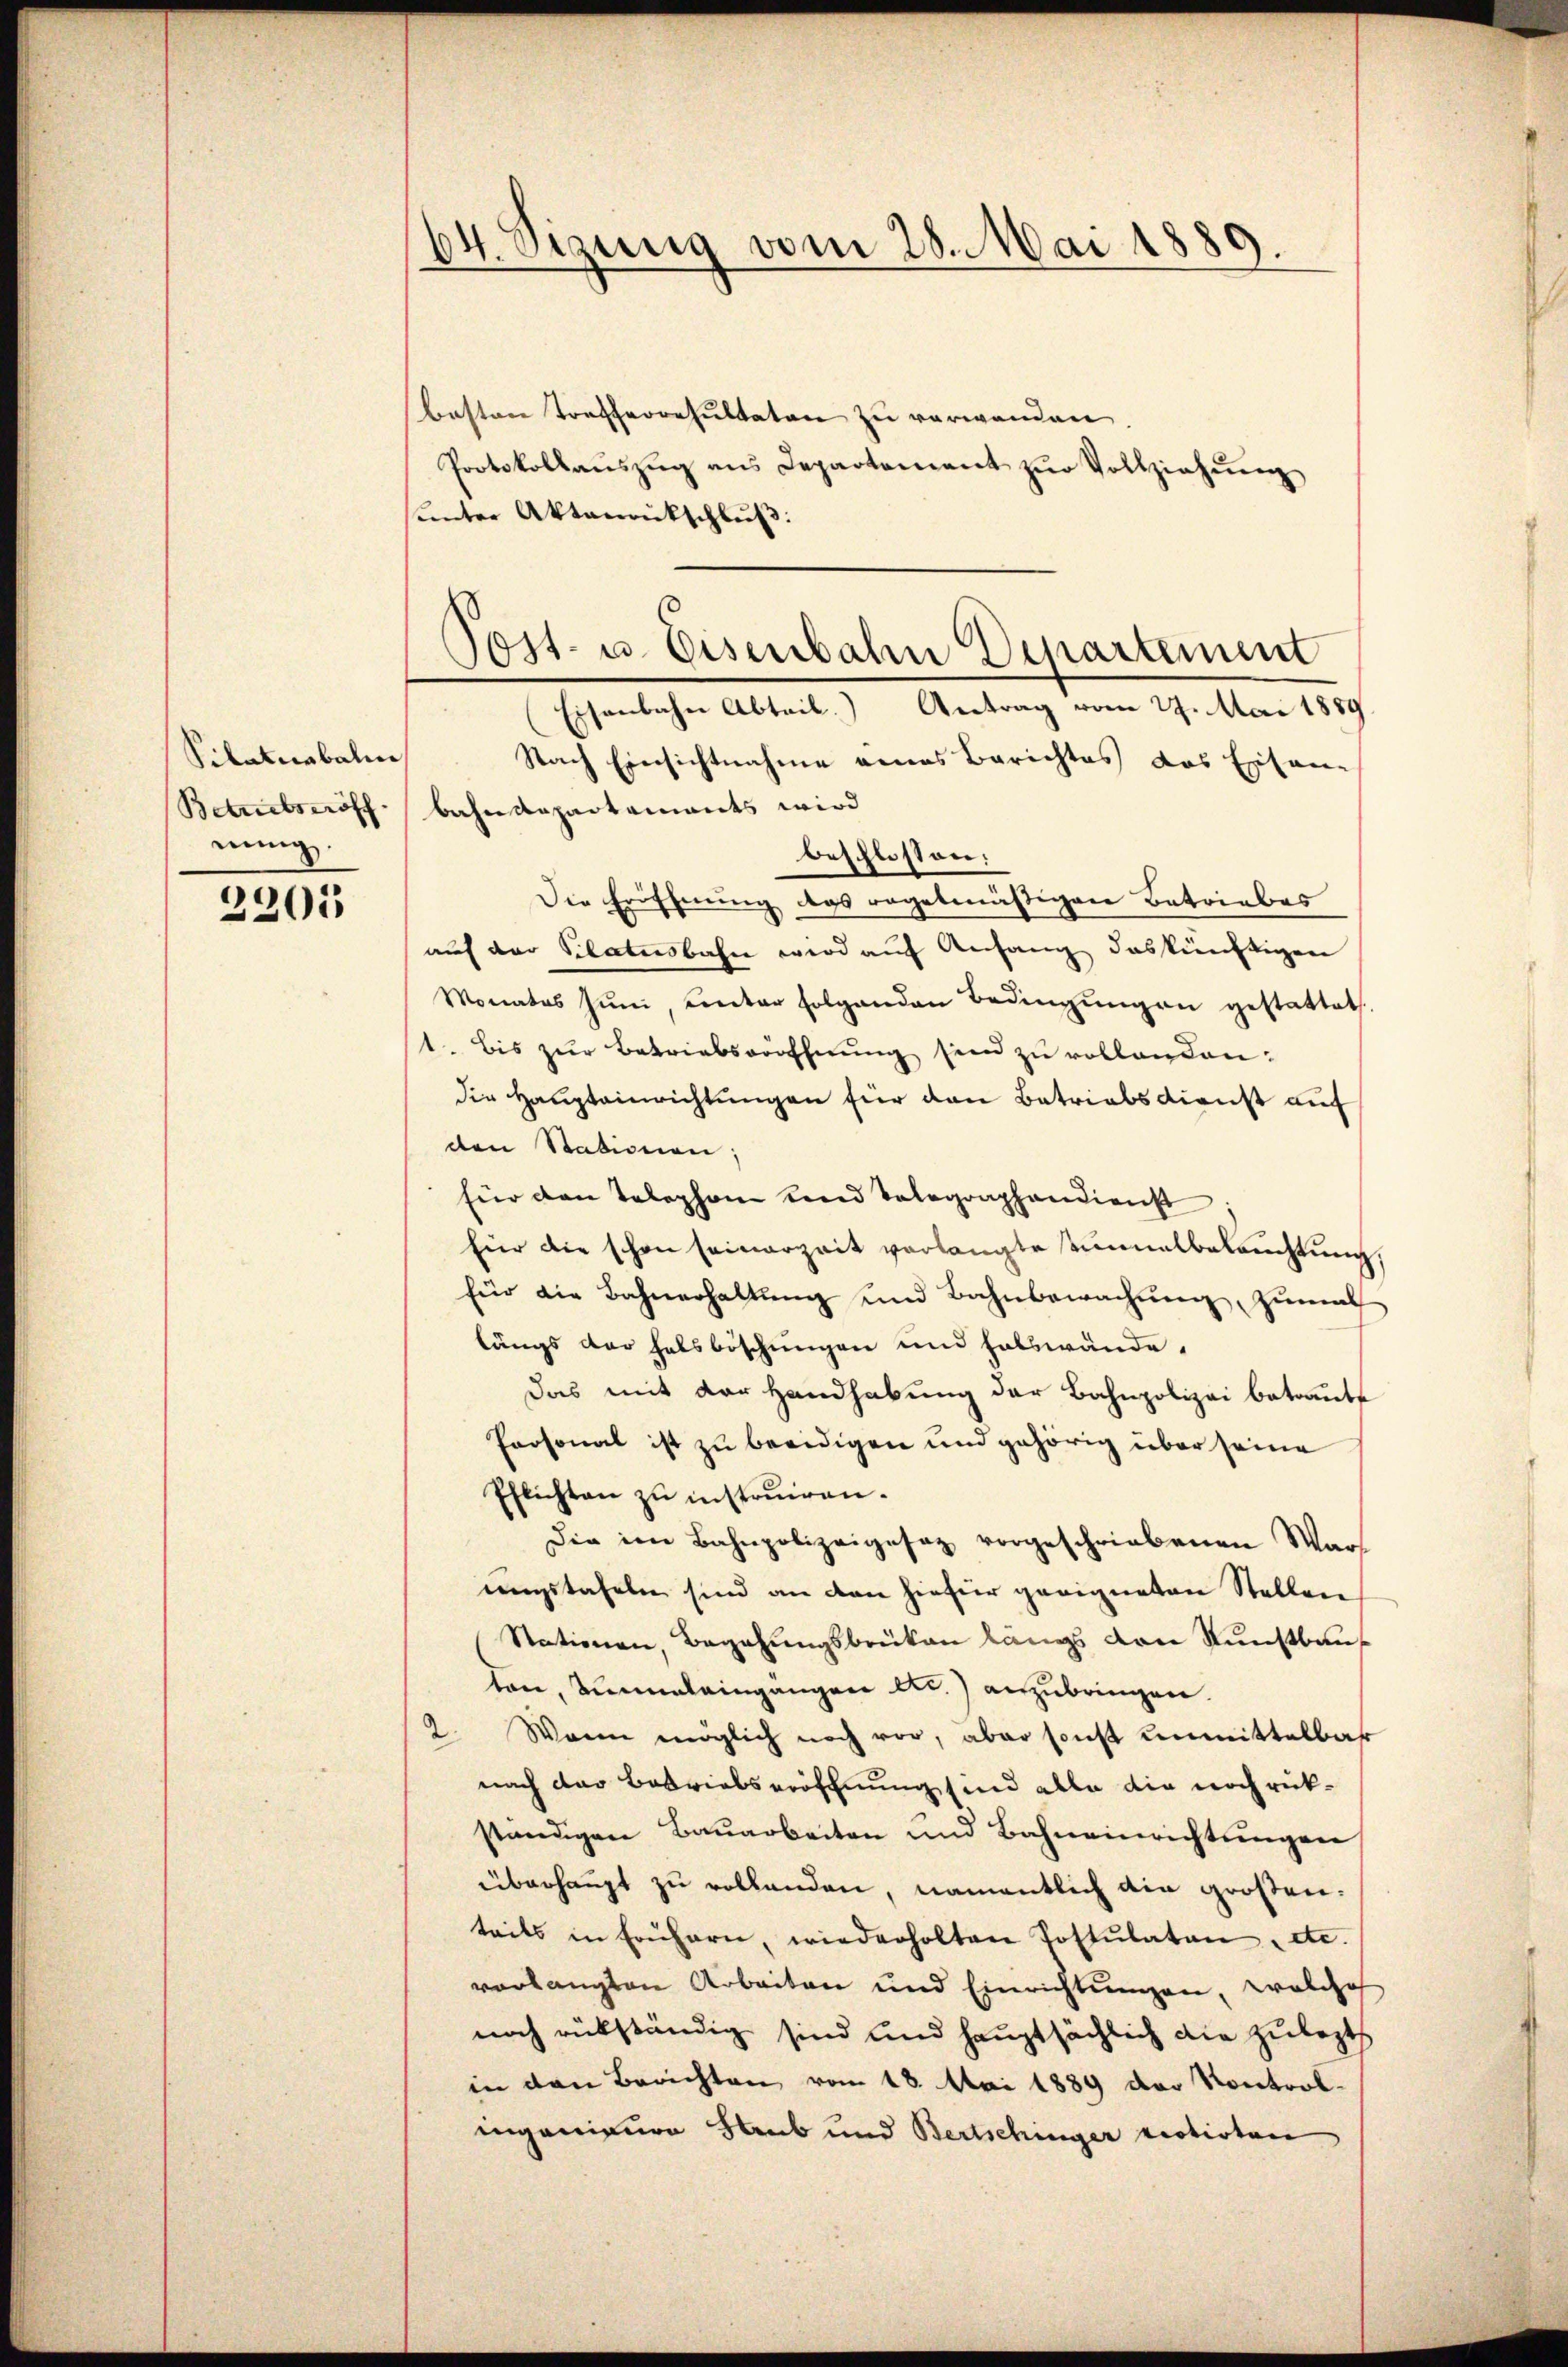
Pilatuabalien
Betrictseröff
nung.

2205

64. Sizung vom 28. Mai 1889.

basten Trefferesultaten zu verwanden
Protokollaŭszŭg ans Departement zŭr Vollziehŭng
unter Aktenrückschluß:
Nach Einsichtnahme eines Berichtes das Einsame
bahndepartements wird
beschlossen:
Die Eröffnung das regelmäßigen Betriebes
auf der Silatusbahn wird auf Anfang das künftigen
Monates zŭm Einter folgenden Bedingŭngen gestattet.
1. bis zŭr Betriebseröffnŭng sein zu vollanden:
die Haupteinrichtungen für den Betriebsdienst auf
den Stationen:
für den Telephon land Telegraphendienst
für die schon seinerzeit verlangte Einnalbeleŭchtŭng,
für die Bahnerhaltŭng und Bahnbewachŭng zŭmath
längs der halsböschungen und halswände.
Das mit der Handhabung der Bahnpolizei betraute
Personal ist zu beeidigen und gehörig über seine
Pflichten zu instruiren.
Die im Bahnpolizeigesez vorgeschriebenen War
engstafeln sind an den hiefür geeigneten Stellen
Stationen, Begehungsbrüken längs von Kunstbauton, Annaleingangen etc.) anzubringen.
2. Wann möglich noch vor, aber sonst unmittelbar
nach der Betriebseröffnung sind alle die noch rückständigen Bauarbeiten und Bahneinrichtungen
überhaupt zu vollanden, namentlich ain großen:
teils in frühern, wiederholten Postulaten etc.
verlangten Arbeiten und Einrichtungen, welche
noch rükständig sind und hauptsächlich die zulezt
in den Berichten vom 18. Mai 1889 der Kontrolingenieure Staub und Bertschinger votirten

Post- u. Eisenbahn Departement
Eisenbahn Abteil. Antrag vom 27. Mai 1889